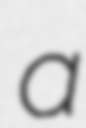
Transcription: a